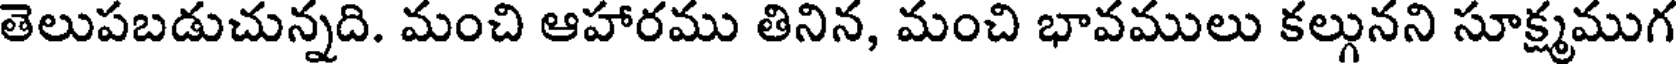
తెలుపబడుచున్నది. మంచి ఆహారము తినిన, మంచి భావములు కల్గునని సూక్ష్మముగ